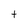
Character: t